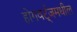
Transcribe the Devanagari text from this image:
होगवर्ट्‌जमधील